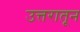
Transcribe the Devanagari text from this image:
उत्तरातून